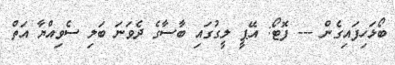
ބޯޅަހިފައިގެން --- ފޮޓޯ: އޭޕީ ލީގުގައި ބާސާގެ ދެވަނަ ބަލި ސެވިއްޔާ އަތް